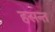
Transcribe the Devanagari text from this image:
हसन्त